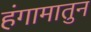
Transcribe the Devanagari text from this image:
हंगामातुन